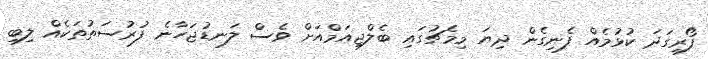
ފޯރިގަދަ ކުޅުމެއް ފެނިގެން ދިޔަ މިމެޗުގައި ބެލްޖިއަމްއަށް ވެސް ލަނޑުޖަހާނެ ފުރުސަތުތަކެއް ލިބި